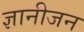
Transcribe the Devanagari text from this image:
ज्ञानीजन